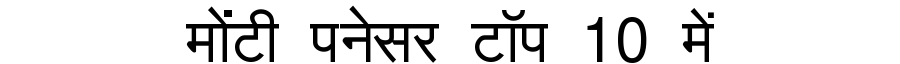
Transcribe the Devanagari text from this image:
मोंटी पनेसर टॉप 10 में